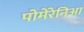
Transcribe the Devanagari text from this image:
पोमेरेनिआ